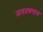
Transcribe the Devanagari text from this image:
जलप्रवासास